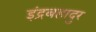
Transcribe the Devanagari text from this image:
इंद्रबहादुर